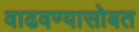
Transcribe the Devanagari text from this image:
वाढवण्यासोबत